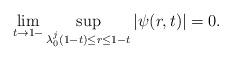
LaTeX: \begin{align*}\lim_{t\to 1-}\sup_{\lambda_0^j(1-t)\leq r\leq 1-t}|\psi(r,t)|=0.\end{align*}